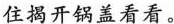
住开锅盖看看。